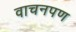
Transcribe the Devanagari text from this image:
वाचनपण